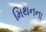
મિથનના